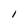
Character: l